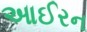
આઈરન